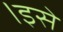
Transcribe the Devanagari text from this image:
।इसे